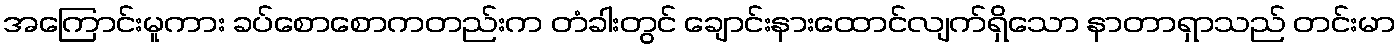
အကြောင်းမူကား ခပ်စောစောကတည်းက တံခါးတွင် ချောင်းနားထောင်လျက်ရှိသော နာတာရှာသည် တင်းမာ